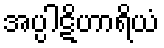
အပ္ပါဋိဟာရိယံ